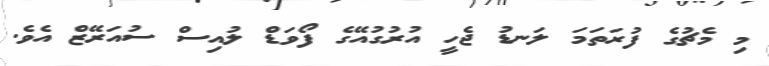
މި މެޗުގެ ފުރަތަމަ ލަނޑު ޖެހީ އުރުގުއޭގެ ފޯވަޑް ލުއިސް ސުއަރޭޒް އެވެ.